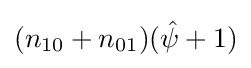
(n_{10}+n_{01})({\hat {\psi }}+1)